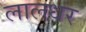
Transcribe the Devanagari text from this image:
लालधर